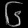
Digit: ၆